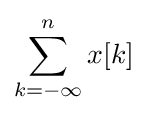
\sum _{k=-\infty }^{n}x[k]